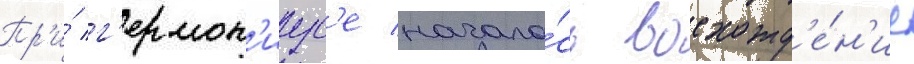
Пр'и́ г'ермон'иус'е начало́сь восхожд'е́н'ие